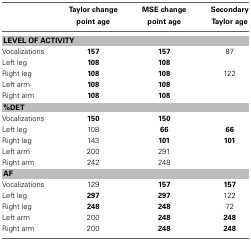
<table><thead><tr><td></td><td><b>Taylor change point age</b></td><td><b>MSE change point age</b></td><td><b>Secondary Taylor age</b></td></tr></thead><tbody><tr><td colspan="4"><b>LEVEL OF ACTIVITY</b></td></tr><tr><td>Vocalizations</td><td><b>157</b></td><td><b>157</b></td><td>87</td></tr><tr><td>Left leg</td><td><b>108</b></td><td><b>108</b></td><td></td></tr><tr><td>Right leg</td><td><b>108</b></td><td><b>108</b></td><td>122</td></tr><tr><td>Left arm</td><td><b>108</b></td><td><b>108</b></td><td></td></tr><tr><td>Right arm</td><td><b>108</b></td><td><b>108</b></td><td></td></tr><tr><td colspan="4"><b>%DET</b></td></tr><tr><td>Vocalizations</td><td><b>150</b></td><td><b>150</b></td><td></td></tr><tr><td>Left leg</td><td>108</td><td><b>66</b></td><td><b>66</b></td></tr><tr><td>Right leg</td><td>143</td><td><b>101</b></td><td><b>101</b></td></tr><tr><td>Left arm</td><td>200</td><td>291</td><td></td></tr><tr><td>Right arm</td><td>242</td><td>248</td><td></td></tr><tr><td colspan="4"><b>AF</b></td></tr><tr><td>Vocalizations</td><td>129</td><td><b>157</b></td><td><b>157</b></td></tr><tr><td>Left leg</td><td><b>297</b></td><td><b>297</b></td><td>122</td></tr><tr><td>Right leg</td><td><b>248</b></td><td><b>248</b></td><td>72</td></tr><tr><td>Left arm</td><td>200</td><td><b>248</b></td><td><b>248</b></td></tr><tr><td>Right arm</td><td>200</td><td><b>248</b></td><td><b>248</b></td></tr></tbody></table>